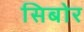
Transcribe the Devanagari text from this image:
सिबोर